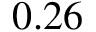
0 . 2 6